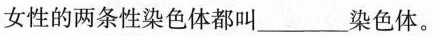
女性的两条性染色体都叫___染色体。